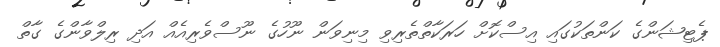
ޕެޓިޝަންގެ ކަންތަކުގައި އިސްކޮށް ހަރަކާތްތެރިވި މިނިވަން ނޫހުގެ ނޫސްވެރިއެއް އަދި ރިލްވާންގެ ގާތް